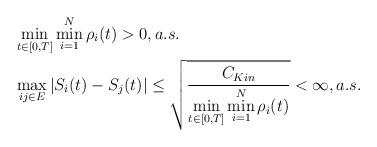
LaTeX: \begin{align*}&\min_{t\in [0,T]}\min_{i=1}^N\rho_i(t)>0, a.s.\\& \max_{ij\in E}|S_i(t)-S_j(t)|\le \sqrt{ \frac {C_{Kin}}{\min\limits_{t\in [0,T]}\min\limits_{i=1}^N\rho_i(t)} }<\infty, a.s.\end{align*}